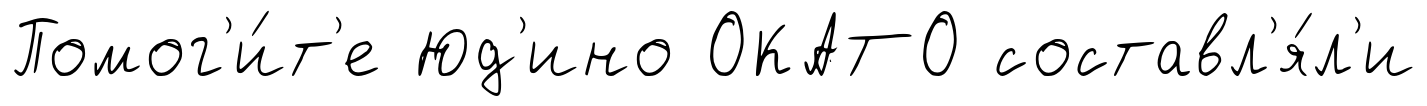
Помог'и́т'е Юд'ино ОКАТО составл'я́л'и